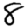
Digit: 8